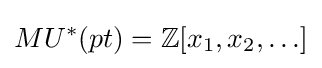
MU^{*}(pt)=\mathbb {Z} [x_{1},x_{2},\ldots ]